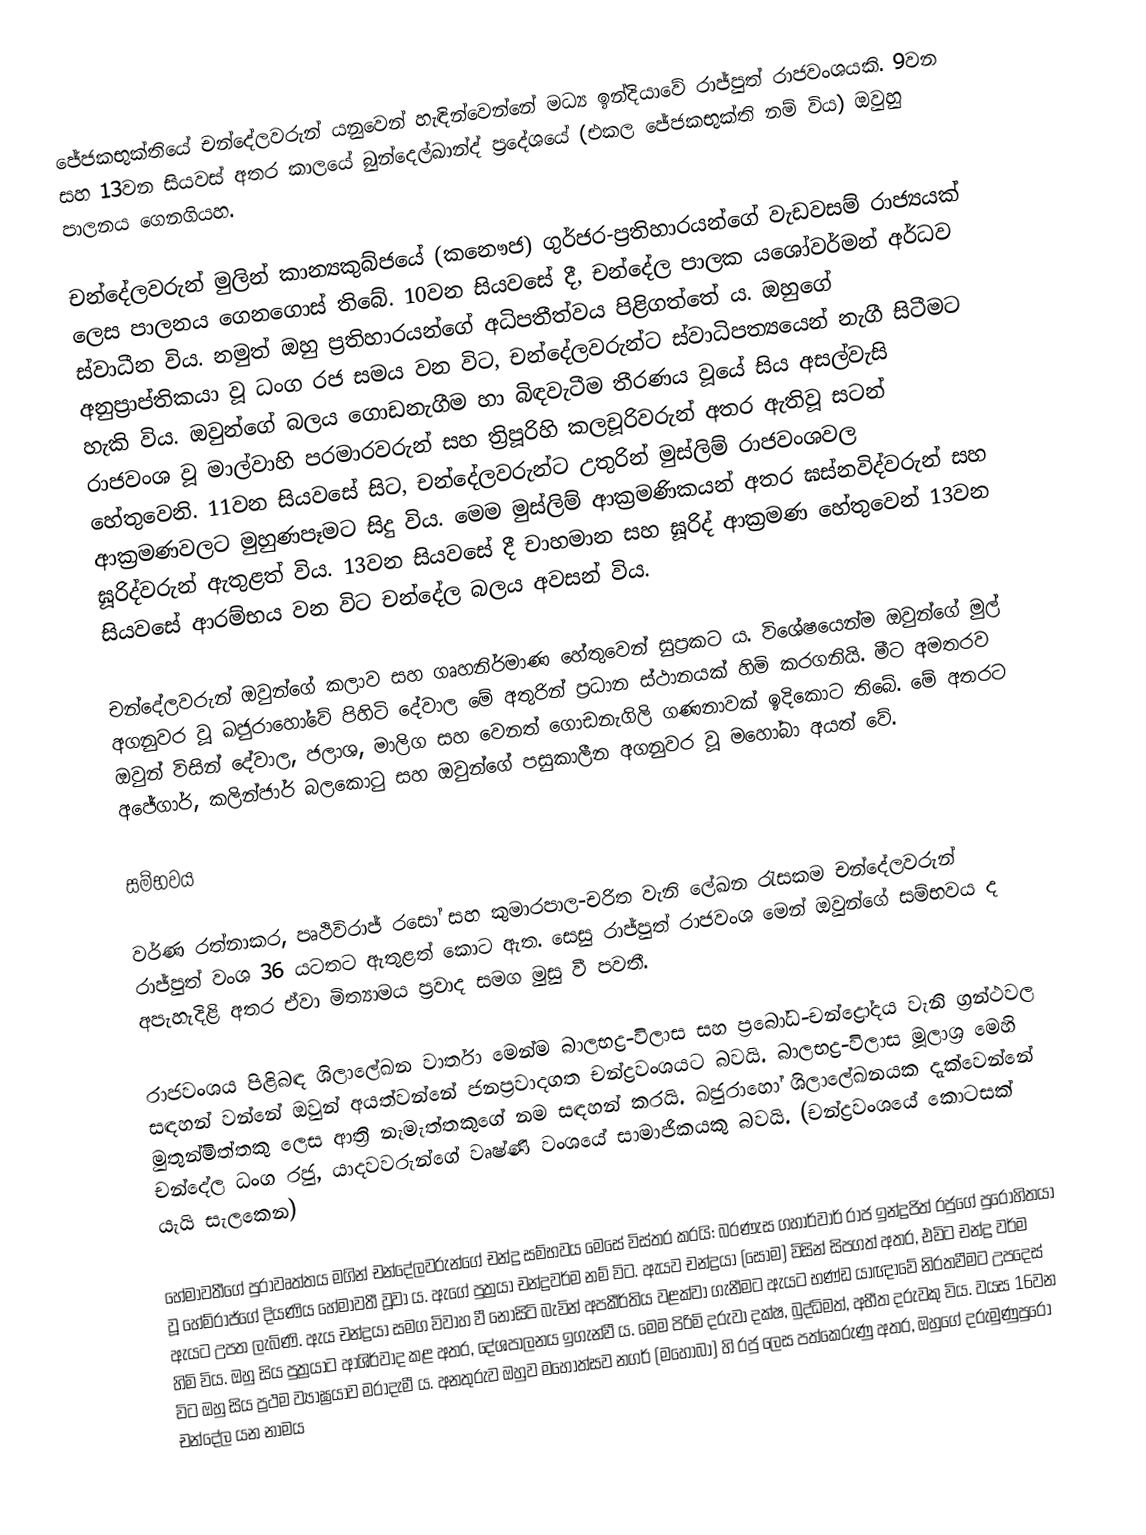
ජේජකභුක්තියේ චන්දේලවරුන් යනුවෙන් හැඳින්වෙන්නේ මධ්‍ය ඉන්දියාවේ රාජ්පුත් රාජවංශයකි. 9වන සහ 13වන සියවස් අතර කාලයේ බුන්දෙල්ඛාන්ද් ප්‍රදේශයේ (එකල ජේජකභුක්ති නම් විය) ඔවුහු පාලනය ගෙනගියහ.

චන්දේලවරුන් මුලින් කාන්‍යකුබ්ජයේ (කනෞජ) ගුර්ජර-ප්‍රතිහාරයන්ගේ වැඩවසම් රාජ්‍යයක් ලෙස පාලනය ගෙනගොස් තිබේ. 10වන සියවසේ දී, චන්දේල පාලක යශෝවර්මන් අර්ධව ස්වාධීන විය. නමුත් ඔහු ප්‍රතිහාරයන්ගේ අධිපතීත්වය පිළිගත්තේ ය. ඔහු‍ගේ අනුප්‍රාප්තිකයා වූ ධංග රජ සමය වන විට, චන්දේලවරුන්ට ස්වාධිපත්‍යයෙන් නැගී සිටීමට හැකි විය. ඔවුන්ගේ බලය ගොඩනැගීම හා බිඳවැටීම තීරණය වූයේ සිය අසල්වැසි රාජවංශ වූ මාල්වාහි පරමාරවරුන් සහ ත්‍රිපූරිහි කලචූරිවරුන් අතර ඇතිවූ සටන් හේතුවෙනි. 11වන සියවසේ සිට, චන්දේලවරුන්ට උතුරින් මුස්ලිම් රාජවංශවල ආක්‍රමණවලට මුහුණපෑමට සිදු විය. මෙම මුස්ලිම් ආක්‍රමණිකයන් අතර ඝස්නවිද්වරුන් සහ ඝූරිද්වරුන් ඇතුළත් විය. 13වන සියවසේ දී චාහමාන සහ ඝූරිද් ආක්‍රමණ හේතුවෙන් 13වන සියවසේ ආරම්භය වන විට චන්දේල බලය අවසන් විය.

චන්දේලවරුන් ඔවුන්ගේ කලාව සහ ගෘහනිර්මාණ හේතුවෙන් සුප්‍රකට ය. විශේෂයෙන්ම ඔවුන්ගේ මුල් අගනුවර වූ ඛජුරාහෝවේ පිහිටි දේවාල මේ අතුරින් ප්‍රධාන ස්ථානයක් හිමි කරගනියි. මීට අමතරව ඔවුන් විසින් දේවාල, ජලාශ, මාලිග සහ වෙනත් ගොඩනැගිලි ගණනාවක් ඉදිකොට ති‍බේ. මේ අතරට අජේගාර්, කලින්ජාර් බලකොටු සහ ඔවුන්ගේ පසුකාලීන අගනුවර වූ මහෝබා අයත් වේ‍.

සම්භවය

වර්ණ රත්නාකර, පෘථිවිරාජ් රසෝ සහ කුමාරපාල-චරිත වැනි ලේඛන රැසකම චන්දේලවරුන් රාජ්පුත් වංශ 36 යටතට ඇතුළත්‍‍ කොට ඇත. සෙසු රාජ්පුත් රාජවංශ මෙන් ඔවුන්ගේ සම්භවය ද අපැහැදිළි අතර ඒවා මිත්‍යාමය ප්‍රවාද සමග මුසු වී පවතී.

රාජවංශය පිළිබඳ ශිලාලේඛන වාර්තා මෙන්ම බාලභද්‍ර-විලාස සහ ප්‍රබෝධ-චන්ද්‍රෝදය වැනි ග්‍රන්ථවල සඳහන් වන්නේ ඔවුන් අයත්වන්නේ ජනප්‍රවාදගත චන්ද්‍රවංශයට බවයි. බාලභද්‍ර-විලාස මූලාශ්‍ර මෙහි මුතුන්මිත්තකු ලෙස ආත්‍රි නැමැත්තකුගේ නම සඳහන් කරයි. ඛජුරාහෝ ශිලාලේඛනයක දැක්වෙන්නේ චන්දේල ධංග රජු, යාදවවරුන්ගේ වෘෂ්ණි වංශයේ සාමාජිකයකු බවයි. (චන්ද්‍රවංශයේ කොටසක් යැයි සැලකෙන)

හේමාවතීගේ පුරාවෘත්තය මගින් චන්දේලවරුන්ගේ චන්ද්‍ර සම්භවය මෙසේ විස්තර කරයි: බරණැස ගහාර්වාර් රාජ ඉන්ද්‍රජිත් රජුගේ පුරෝහිතයා වූ හේම්රාජ්ගේ දියණිය හේමාවතී වූවා ය. ඇගේ පුත්‍රයා චන්ද්‍රවර්ම නම් විට. ඇයව චන්ද්‍රයා (සෝම) විසින් සිපගත් අතර, එවිට චන්ද්‍ර වර්ම ඇයට උපත ලැබිණි. ඇය චන්ද්‍රයා සමග විවාහ වී නොසිටි බැවින් අපකීර්තිය වළක්වා ගැනීමට ඇයට භණ්ඩ යාඥාවේ නිරතවීමට උපදෙස් හිමි විය. ඔහු සිය පුත්‍රයාට ආශිර්වාද කළ අතර, දේශපාලනය ඉගැන්වී ය. මෙම පිරිමි දරුවා දක්ෂ, බුද්ධිමත්, අභීත දරුවකු විය. වයස 16වන විට ඔහු සිය ප්‍රථම ව්‍යාඝ්‍රයාව මරාදැමී ය. අනතුරුව ඔහුව මහෝත්සව නගර් (මහෝබා) හි රජු ලෙස පත්කෙරුණු අතර, ඔහුගේ දරුමුණුපුරෝ චන්දේල යන නාමය